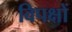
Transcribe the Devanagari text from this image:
विपक्षों